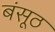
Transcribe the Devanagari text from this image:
बंसूठ